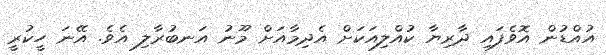
އުއްޑުން އޮވެފައި ދާރިޔާ ކުއްލިއަކަށް އެދިމާއަށް މޫނު އަނބުރާލި އެވެ. އޭނަ ހީކުރީ